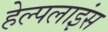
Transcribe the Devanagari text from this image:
हेल्पलाइंस